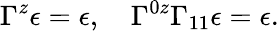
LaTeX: \Gamma^{z}\epsilon=\epsilon,\quad\Gamma^{0z}\Gamma_{11}\epsilon=\epsilon.